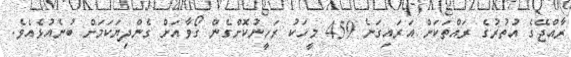
ރާއްޖޭގެ އުތުރުގެ ރައްތަކަށް އަރައިގަނެ 459 މީހަކު ރަހީނުކޮށްގެން ގޯވާއަށް ގެންދިޔަކަމަށް ބުނެއުޅެއެވެ.